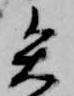
矢